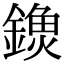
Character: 𨫗